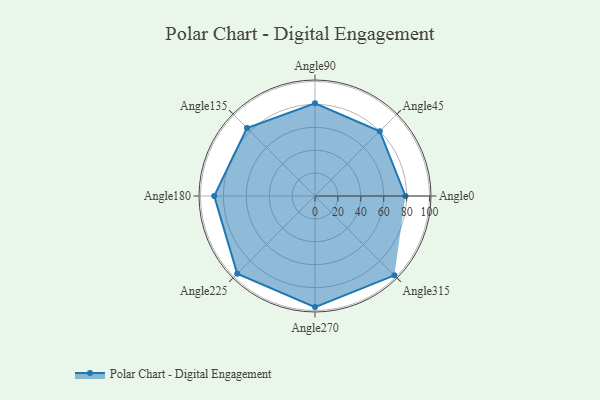
{"axis": {"x": "Angle", "y": "Radius"}, "legend": [""], "data": [{"x": "Angle0", "y": 79.0, "type": ""}, {"x": "Angle45", "y": 80.0, "type": ""}, {"x": "Angle90", "y": 81.0, "type": ""}, {"x": "Angle135", "y": 84.0, "type": ""}, {"x": "Angle180", "y": 88.0, "type": ""}, {"x": "Angle225", "y": 96.0, "type": ""}, {"x": "Angle270", "y": 97.0, "type": ""}, {"x": "Angle315", "y": 98.0, "type": ""}]}